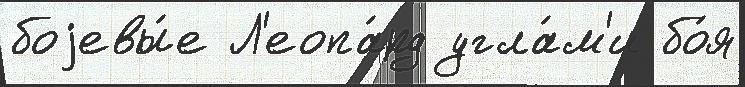
боjевы́е Л'еопа́рд угла́м'и бо́я